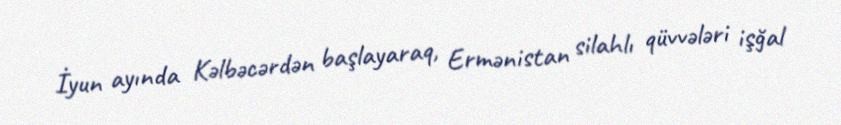
İyun ayında Kəlbəcərdən başlayaraq, Ermənistan silahlı qüvvələri işğal